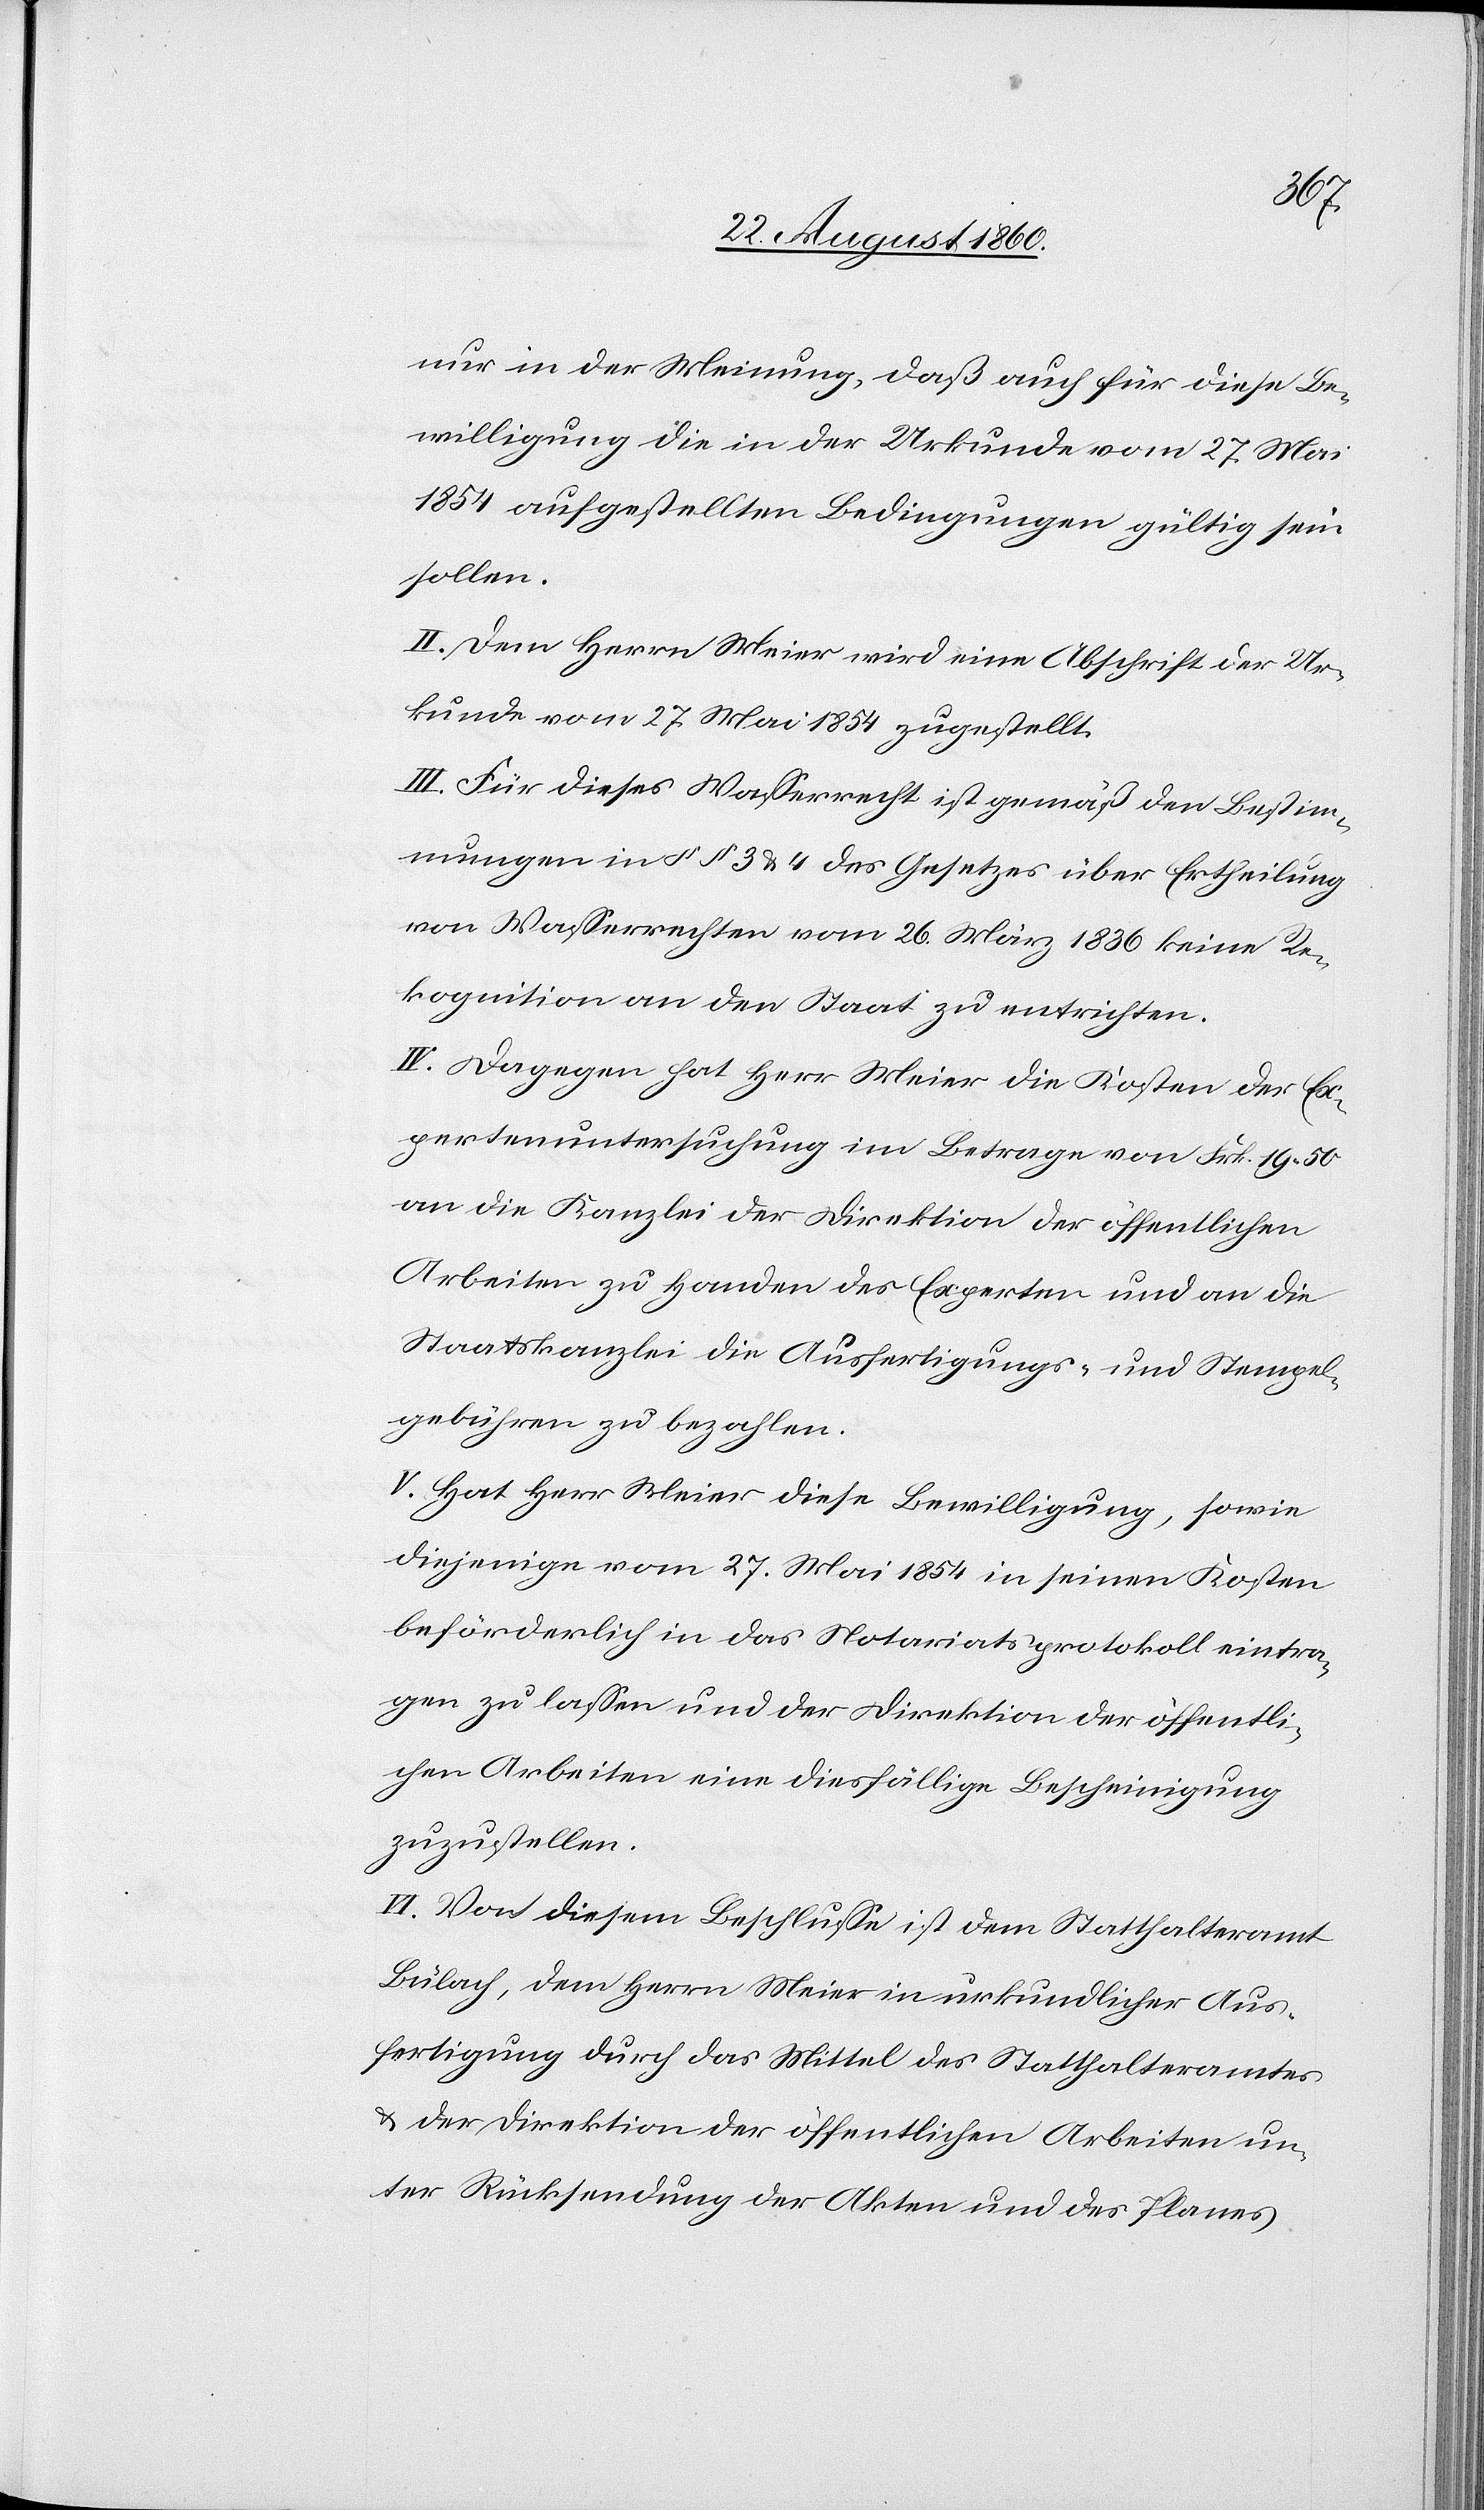
doch
nur in der Meinung, dass auch für diese Be¬
willigung die in der Urkunde vom 27. Mai
1854 aufgestellten Bedingungen gültig sein
sollen.
II. Dem Hrn. Meier wird eine Abschrift der Ur¬
kunde vom 27. Mai 1854 zugestellt,
III. Für dieses Wasserrecht ist gemäss den Bestim¬
mungen in §§. 3 u. 4 des Gesetzes über Ertheilung
von Wasserrechten, vom 26. März, 1836, keine Re¬
kognition an den Staat zu entrichten.
IV. Dagegen hat Hr. Meier die Kosten der Ex¬
pertenuntersuchung im Betrage von Frk. 19 50C
an die Kanzlei der Direktion der öffentlichen
Arbeiten zu Handen der Experten u. an die
Staatskanzlei die Ausfertigungs- u. Stempel¬
gebühren zu bezahlen.
V. Hat Hr. Meier diese Bewilligung, sowie
diejenige vom 27. Mai 1854 in seinen Kosten
beförderlich in das Notariatsprotokoll eintra¬
gen zu lassen und der Direktion der öffentli¬
chen Arbeiten eine diesfällige Bescheinigung
zuzustellen.
VI. Von diesem Beschlusse ist dem Statthalteramte
Bülach, dem Hrn. Meier in urkundlicher Aus¬
fertigung durch das Mittel des Statthalteramtes
und der Direktion der öffentlichen Arbeiten un¬
ter Rücksendung der Akten u. des Planes